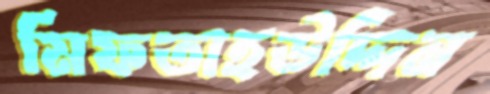
মিফতাহউদ্দিন